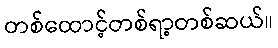
တစ်ထောင့်တစ်ရာ့တစ်ဆယ်။